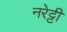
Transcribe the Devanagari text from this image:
नरेट्टी